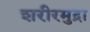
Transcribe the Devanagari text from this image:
शरीरमुद्रा